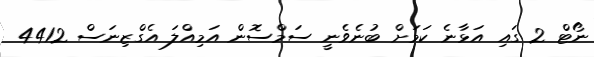
ނޯޓް 2 ގައި އަޅާނެ ކަމަށް ބުނެވެނީ ސަމްސޮން އަމިއްލަ އެގްޒިނަސް 4412